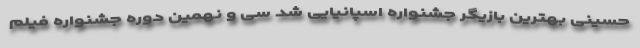
حسینی بهترین بازیگر جشنواره اسپانیایی شد سی و نهمین دوره جشنواره فیلم